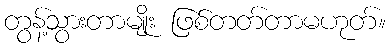
တွန့်သွားတာမျိုး ဖြစ်တတ်တာမဟုတ်။